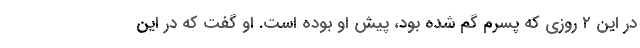
در این ۲ روزی که پسرم گم شده بود، پیش او بوده است. او گفت که در این